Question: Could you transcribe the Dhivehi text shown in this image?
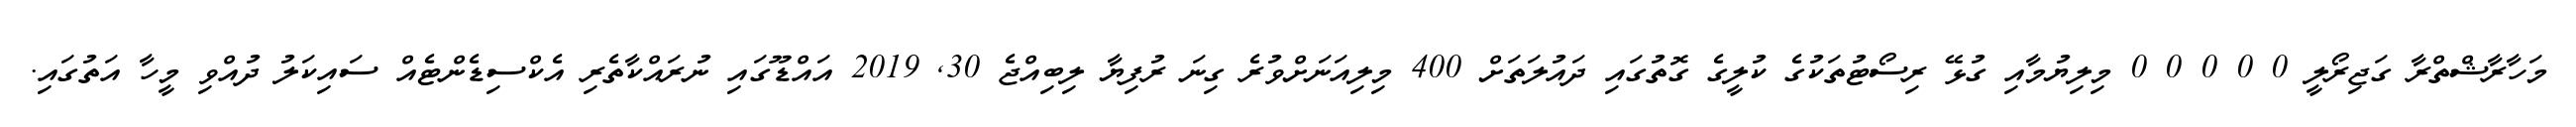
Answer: މަހާރާޝްތްރާ ގަޖިރޯލީ 0 0 0 0 0 މިލިޔުމާއި ގުޅޭ ރިސޯޓުތަކުގެ ކުލީގެ ގޮތުގައި ދައުލަތަށް 400 މިލިއަނަށްވުރެ ގިނަ ރުފިޔާ ލިބިއްޖެ 30, 2019 އައްޑޫގައި ނުރައްކާތެރި އެކްސިޑެންޓެއް ސައިކަލު ދުއްވި މީހާ އަތުގައި.